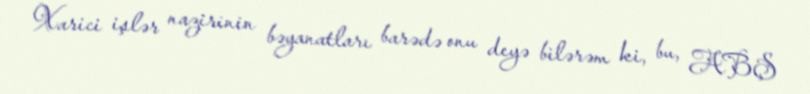
Xarici işlər nazirinin bəyanatları barədə onu deyə bilərəm ki, bu, ABŞ